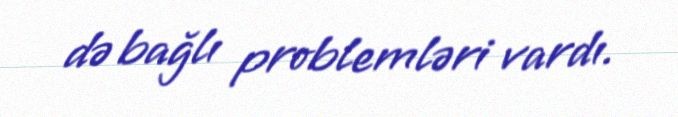
də bağlı problemləri vardı.